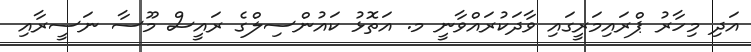
އަދި މިހާރު ޕްރައިމަރީގައި ވާދަކުރައްވާނީ މ. އަތޮޅު ކައުންސިލްގެ ރައީސް މޫސާ ނަސީރާއި